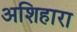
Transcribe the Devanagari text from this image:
अशिहारा